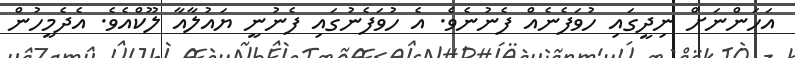
އަހަންނަށް ނިދީގައި ހުވަފެނެއް ފެނުނެވެ. އެ ހުވަފެނުގައި ފެނުނީ ޔައުލާއާ ލޫކްއެވެ. އެދެމީހުން